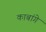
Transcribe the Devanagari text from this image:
काबांगे